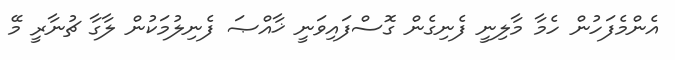
އެންމެފަހުން ހެމާ މާލިނީ ފެނިގެން ގޮސްފައިވަނީ ޚާއްޞަ ފެނިލުމަކުން ލާގާ ޗުނާރީ މޭ